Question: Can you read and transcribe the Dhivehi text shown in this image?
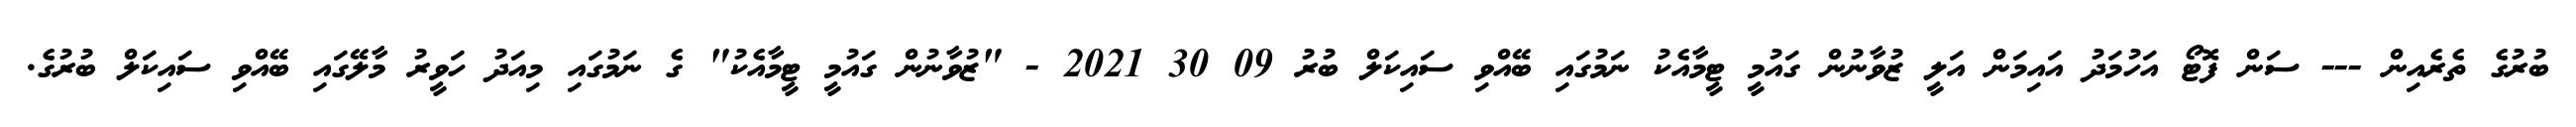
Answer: ބުރުގެ ތެރެއިން --- ސަން ފޮޓޯ އަހުމަދު އައިމަން އަލީ ޒުވާނުން ގައުމީ ޓީމާއެކު ނަމުގައި ބޭއްވި ސައިކަލް ބުރު 09 30 2021 - "ޒުވާނުން ގައުމީ ޓީމާއެކު" ގެ ނަމުގައި މިއަދު ހަވީރު މާލޭގައި ބޭއްވި ސައިކަލް ބުރުގެ.